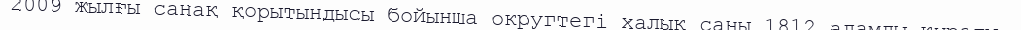
2009 жылғы санақ қорытындысы бойынша округтегі халық саны 1812 адамды құрады.